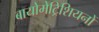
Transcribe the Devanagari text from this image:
बायोमेट्रिशियनों